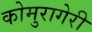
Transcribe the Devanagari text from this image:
कोमुरागेरी